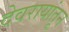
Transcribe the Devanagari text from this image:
देवरायांतून